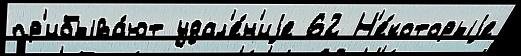
пр'ибыва́ют удал'е́н'иjе 62 Н'е́которыjе